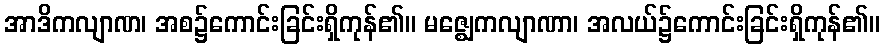
အာဒိကလျာဏ၊ အစ၌ကောင်းခြင်းရှိကုန်၏။ မဇ္ဈေကလျာဏာ၊ အလယ်၌ကောင်းခြင်းရှိကုန်၏။